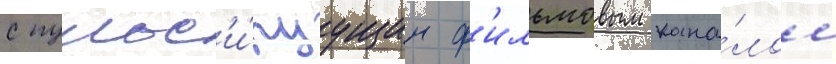
с пульс'и́руущим ф'ильмовым кана́лом